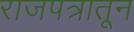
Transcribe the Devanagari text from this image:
राजपत्रातून